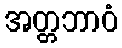
အတ္တဘာဝံ